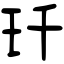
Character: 𤣳